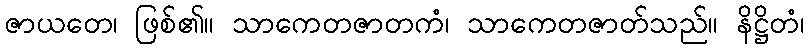
ဇာယတေ၊ ဖြစ်၏။ သာကေတဇာတကံ၊ သာကေတဇာတ်သည်။ နိဋ္ဌိတံ၊